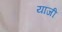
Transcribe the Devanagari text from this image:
यांजी